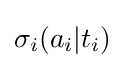
\sigma _{i}(a_{i}|t_{i})